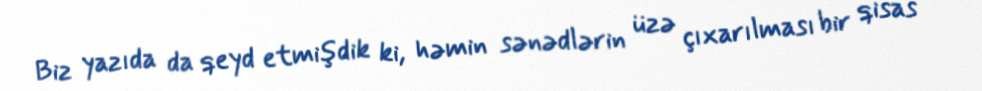
Biz yazıda da qeyd etmişdik ki, həmin sənədlərin üzə çıxarılması bir qisas